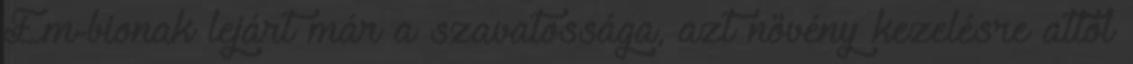
Em-bionak lejárt már a szavatossága, azt növény kezelésre attól